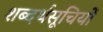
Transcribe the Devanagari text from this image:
शब्दर्थसूचियों